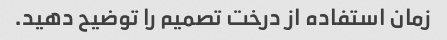
زمان استفاده از درخت تصمیم را توضیح دهید.